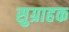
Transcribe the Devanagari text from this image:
सुग्राहक